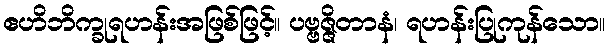
ဧဟိဘိက္ခုရဟန်းအဖြစ်ဖြင့်။ ပဗ္ဗဇ္ဇိတာနံ၊ ရဟန်းပြုကုန်သော။